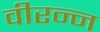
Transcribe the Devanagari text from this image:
वीरन्न